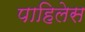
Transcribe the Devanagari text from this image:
पाहिलेस